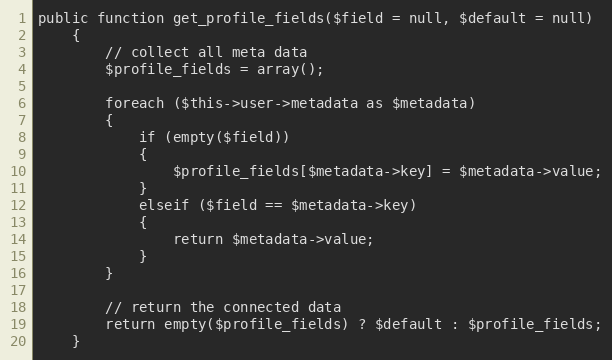
Language: PHP
public function get_profile_fields($field = null, $default = null)
	{
		// collect all meta data
		$profile_fields = array();

		foreach ($this->user->metadata as $metadata)
		{
			if (empty($field))
			{
				$profile_fields[$metadata->key] = $metadata->value;
			}
			elseif ($field == $metadata->key)
			{
				return $metadata->value;
			}
		}

		// return the connected data
		return empty($profile_fields) ? $default : $profile_fields;
	}